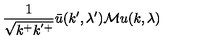
\frac { 1 } { \sqrt { k ^ { + } k ^ { ' + } } } \bar { u } ( k ^ { \prime } , \lambda ^ { \prime } ) { \cal M } u ( k , \lambda )